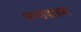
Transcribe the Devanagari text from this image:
रूपग्राम